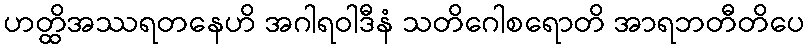
ဟတ္ထိအဿရတနေဟိ အဂါရဝါဒီနံ သတိဂေါစရောတိ အာရဘတီတိပေ